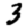
Digit: 3